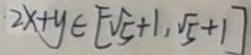
2 x + y \in [ - \sqrt { 5 } + 1 , \sqrt { 5 } + 1 ]